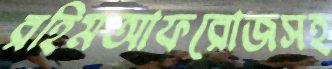
রহিমআফরোজসহ